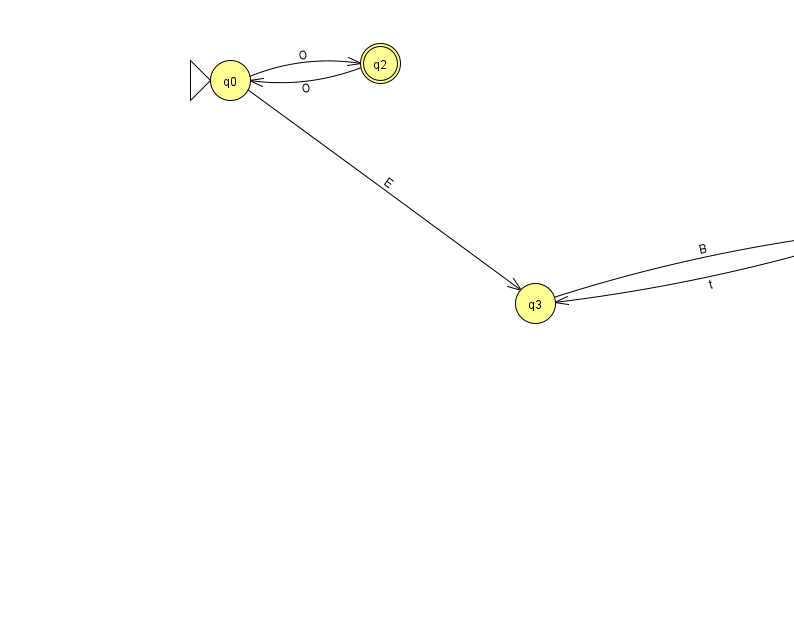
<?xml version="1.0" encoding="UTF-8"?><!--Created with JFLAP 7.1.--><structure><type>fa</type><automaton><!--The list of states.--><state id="0" name="q0"><x>230.0</x><y>67.0</y><initial/></state><state id="1" name="q1"><x>880.0</x><y>217.0</y></state><state id="2" name="q2"><x>380.0</x><y>50.0</y><final/></state><state id="3" name="q3"><x>535.0</x><y>290.0</y></state><!--The list of transitions.--><transition><from>0</from><to>2</to><read>O</read></transition><transition><from>2</from><to>0</to><read>O</read></transition><transition><from>0</from><to>3</to><read>E</read></transition><transition><from>1</from><to>1</to><read>i</read></transition><transition><from>1</from><to>3</to><read>t</read></transition><transition><from>3</from><to>1</to><read>B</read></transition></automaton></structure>